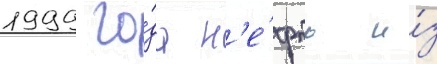
1999 го́да н'е́фть и́з